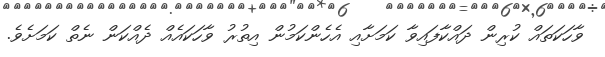
ވާހަކަތައް ކުރިން ދައްކާފައިވާ ކަމަށާއި އެހެންކަމުން އިތުރު ވާހަކައެއް ދެއްކަން ނެތް ކަމަށެވެ.